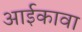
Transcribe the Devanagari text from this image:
आईकावा